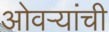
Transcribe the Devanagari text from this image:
ओवऱ्यांची